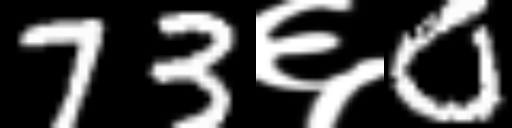
Text: 73६0